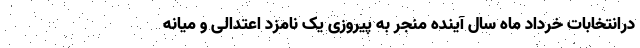
درانتخابات خرداد ماه سال آینده منجر به پیروزی یک نامزد اعتدالی و میانه